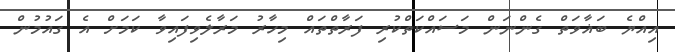
އިއްޔެ ބަޣާވަތް ގެންނަން މަސައްކަތްކުރި ފަރާތްތައް މިހާރު މަރާލެވިފައިވާ ކަމަށް އެ ގައުމުން